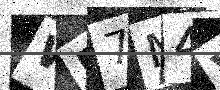
Text: WR7M4V